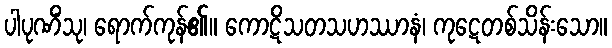
ပါပုဏိံသု၊ ရောက်ကုန်၏။ ကောဋိသတသဟဿာနံ၊ ကုဋေတစ်သိန်းသော။